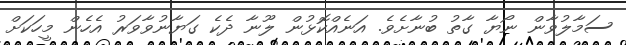
ސަމާލުވާން ނޯޔާ ގާތު ބުނާށެވެ. އަނެއްކޮޅުން ލޫނާ ދެކެ ގަޔާނުވާވަރު އެހެން މީހަކަށް